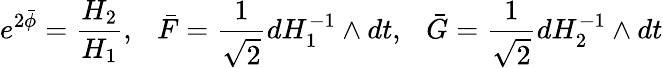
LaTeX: e^{2\bar{\phi}}={\frac{H_{2}}{H_{1}}},~~~\bar{F}={\frac{1}{\sqrt 2}}dH_{1}^{-1}\wedge dt,~~~\bar{G}={\frac{1}{\sqrt 2}}dH_{2}^{-1}\wedge dt